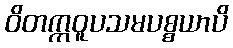
ဝိတက္ကဝူပသမပစ္စယာပိ